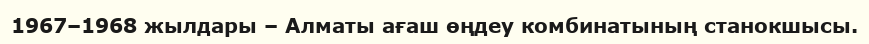
1967–1968 жылдары – Алматы ағаш өңдеу комбинатының станокшысы.